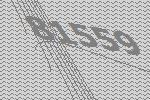
81559